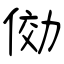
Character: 俲